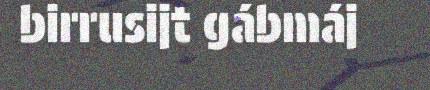
birrusijt gábmáj